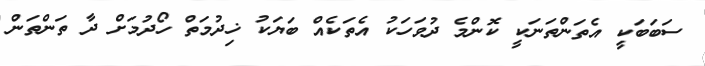
ސަބަބަކީ އެތަންތަނަކީ ކޮންމެ ދުވަހަކު އެތަކެއް ބަޔަކު ޚިދުމަތް ހޯދުމަށް ދާ ތަންތަން